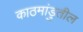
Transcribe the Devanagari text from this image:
काठमांडुतील